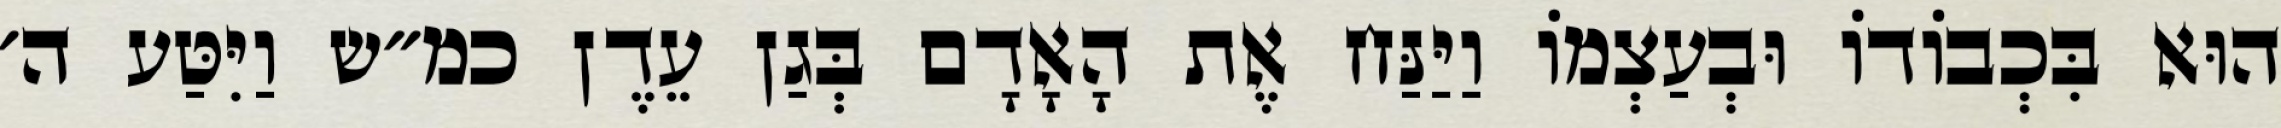
הוּא בִּכְבוֹדוֹ וּבְעַצְמוֹ וַיַּנַּח אֶת הָאָדָם בְּגַן עֵדֶן כמ״ש וַיִּטַּע ה׳